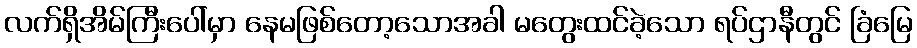
လက်ရှိအိမ်ကြီးပေါ်မှာ နေမဖြစ်တော့သောအခါ မတွေးထင်ခဲ့သော ရပ်ဌာနီတွင် ခြံမြေ